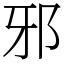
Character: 邪